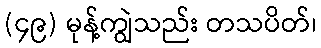
(၄၉) မုန့်ကျွဲသည်း တသပိတ်၊